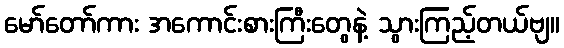
မော်တော်ကား အကောင်းစားကြီးတွေနဲ့ သွားကြည့်တယ်ဗျ။